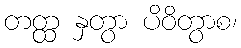
တတ္ထ နှတွာ ပိဝိတွာစ၊